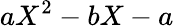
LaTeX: aX^{2}-bX-a